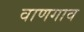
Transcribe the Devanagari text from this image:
वाणगाव